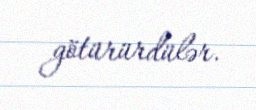
götürürdülər.